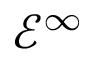
{ \mathcal { E } } ^ { \infty }